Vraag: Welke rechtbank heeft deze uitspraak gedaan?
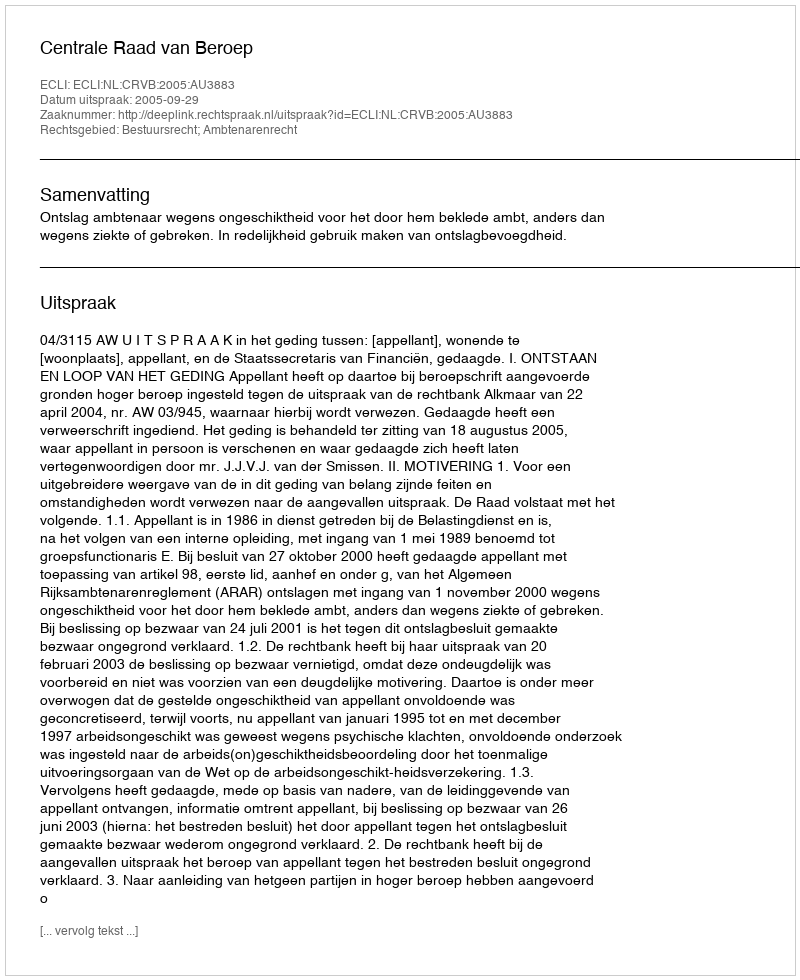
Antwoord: Centrale Raad van Beroep